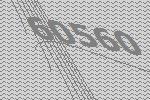
60560